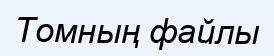
Томның файлы